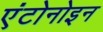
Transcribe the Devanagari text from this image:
एंटोनोइन